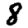
Digit: 8